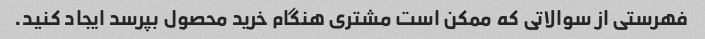
فهرستی از سوالاتی که ممکن است مشتری هنگام خرید محصول بپرسد ایجاد کنید.